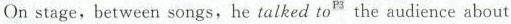
On stage,between songs,he talked to^{3} the audience about